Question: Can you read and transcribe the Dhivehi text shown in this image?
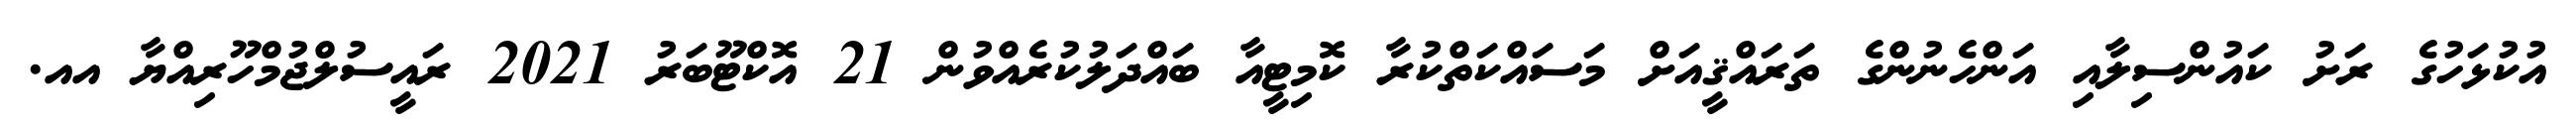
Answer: އުކުޅަހުގެ ރަށު ކައުންސިލާއި އަންހެނުންގެ ތަރައްޤީއަށް މަސައްކަތްކުރާ ކޮމިޓީއާ ބައްދަލުކުރެއްވުން 21 އޮކްޓޫބަރު 2021 ރައީސުލްޖުމްހޫރިއްޔާ އއ.